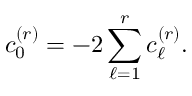
c _ { 0 } ^ { ( r ) } = - 2 \sum _ { \ell = 1 } ^ { r } c _ { \ell } ^ { ( r ) } .